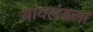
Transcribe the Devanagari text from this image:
थायलंडला